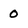
Character: 0